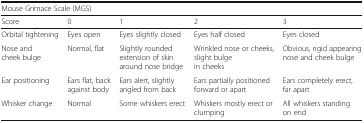
<table><thead><tr><td colspan="5"><b>Mouse Grimace Scale (MGS)</b></td></tr><tr><td><b>Score</b></td><td><b>0</b></td><td><b>1</b></td><td><b>2</b></td><td><b>3</b></td></tr></thead><tbody><tr><td>Orbital tightening</td><td>Eyes open</td><td>Eyes slightly closed</td><td>Eyes half closed</td><td>Eyes closed</td></tr><tr><td>Nose and cheek bulge</td><td>Normal, flat</td><td>Slightly rounded extension of skin around nose bridge</td><td>Wrinkled nose or cheeks, slight bulge in cheeks</td><td>Obvious, rigid appearing nose and cheek bulge</td></tr><tr><td>Ear positioning</td><td>Ears flat, back against body</td><td>Ears alert, slightly angled from back</td><td>Ears partially positioned forward or apart</td><td>Ears completely erect, far apart</td></tr><tr><td>Whisker change</td><td>Normal</td><td>Some whiskers erect</td><td>Whiskers mostly erect or clumping</td><td>All whiskers standing on end</td></tr></tbody></table>